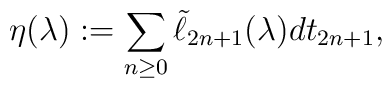
\eta(\lambda):=\sum_{n\geq 0}\tilde\ell_{2n+1}(\lambda)dt_{2n+1},